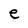
Character: e